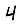
Digit: 4